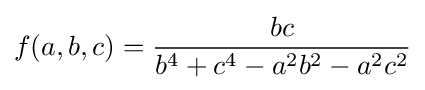
f(a,b,c)={\frac {bc}{b^{4}+c^{4}-a^{2}b^{2}-a^{2}c^{2}}}